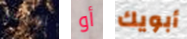
الاسنان أو أبويك